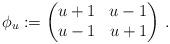
LaTeX: \begin{align*}\phi_u := \begin{pmatrix} u+1 & u-1 \\ u-1 & u+1 \end{pmatrix}\,.\end{align*}